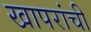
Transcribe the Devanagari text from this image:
खापरांची